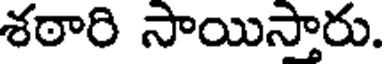
శఠారి సాయిస్తారు.